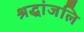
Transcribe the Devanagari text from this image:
श्रद्धांजलि